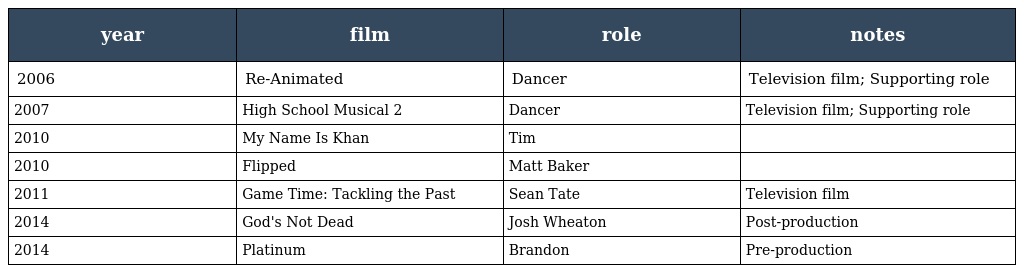
| year | film | role | notes |
 | --- | --- | --- | --- |
 | 2006 | Re-Animated | Dancer | Television film; Supporting role |
 | 2007 | High School Musical 2 | Dancer | Television film; Supporting role |
 | 2010 | My Name Is Khan | Tim |  |
 | 2010 | Flipped | Matt Baker |  |
 | 2011 | Game Time: Tackling the Past | Sean Tate | Television film |
 | 2014 | God's Not Dead | Josh Wheaton | Post-production |
 | 2014 | Platinum | Brandon | Pre-production |